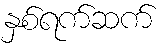
နှစ်ရက်ဆက်